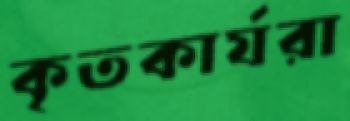
কৃতকার্যরা